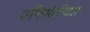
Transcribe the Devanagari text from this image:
एफिमेरॉप्टरा